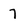
Character: 7